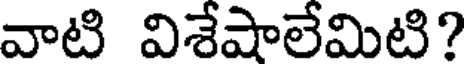
వాటి విశేషాలేమిటి?